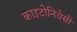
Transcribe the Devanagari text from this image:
काइटोनियेसी